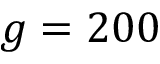
g = 2 0 0